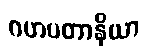
ဂဟပတာနိယာ